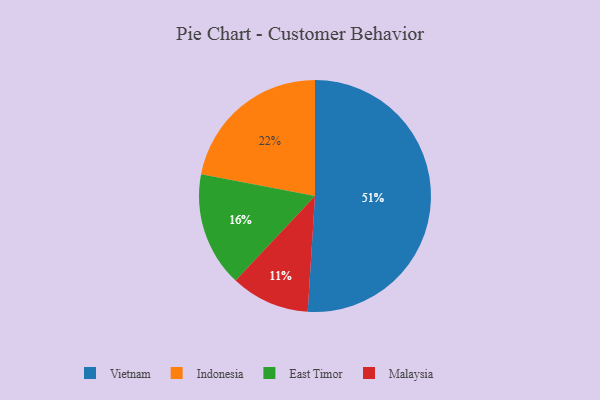
{"axis": {"x": "Category", "y": "Percentage"}, "legend": ["East Timor", "Indonesia", "Malaysia", "Vietnam"], "data": [{"x": "Malaysia", "y": 11, "type": "Malaysia"}, {"x": "East Timor", "y": 16, "type": "East Timor"}, {"x": "Vietnam", "y": 51, "type": "Vietnam"}, {"x": "Indonesia", "y": 22, "type": "Indonesia"}]}